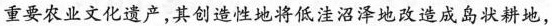
重要农业文化遗产，其创造性地将低洼沼泽地改造成岛状耕地，